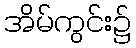
အိမ်ကွင်း၌